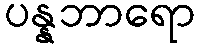
ပန္နဘာရော